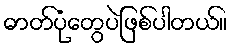
ဓာတ်ပုံတွေပဲဖြစ်ပါတယ်။